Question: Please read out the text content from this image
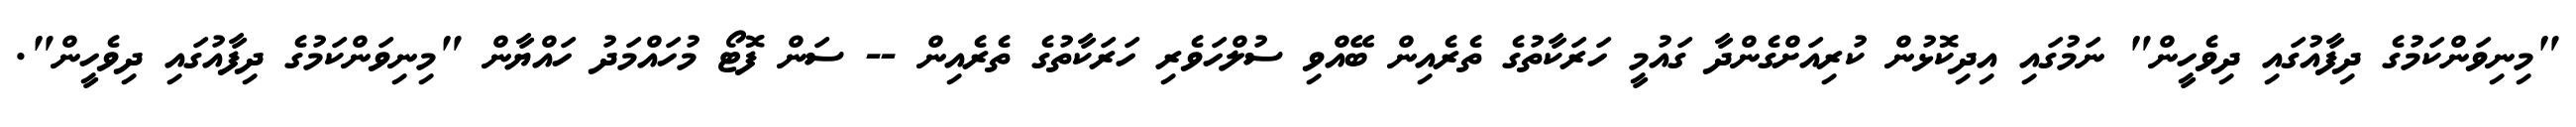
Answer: "މިނިވަންކަމުގެ ދިފާއުގައި ދިވެހީން" ނަމުގައި އިދިކޮޅުން ކުރިއަށްގެންދާ ގައުމީ ހަރަކާތުގެ ތެރެއިން ބޭއްވި ސުލްހަވެރި ހަރަކާތުގެ ތެރެއިން -- ސަން ފޮޓޯ މުހައްމަދު ހައްޔާން "މިނިވަންކަމުގެ ދިފާއުގައި ދިވެހީން".